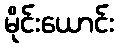
မိုင်းယောင်း